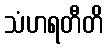
သံဟရတီတိ